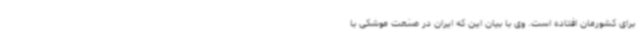
برای کشورمان افتاده است. وی با بیان این که ایران در صنعت موشکی با